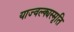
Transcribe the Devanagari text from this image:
याज्‍वल्क्यस्मृति